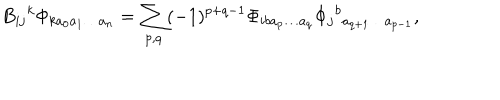
LaTeX: B _ { i j } { } ^ { k } \Phi _ { k a _ { 0 } a _ { 1 } \ldots a _ { n } } = \sum _ { p , q } ( - 1 ) ^ { p + q - 1 } \Phi _ { i b a _ { p } \ldots a _ { q } } \Phi _ { j } { } ^ { b } { } _ { a _ { q + 1 } \ldots a _ { p - 1 } } ,